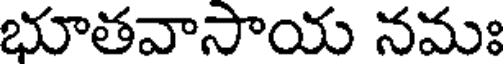
భూతవాసాయ నమః